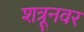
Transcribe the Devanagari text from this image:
शत्रूनवर